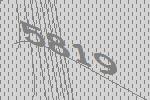
5819